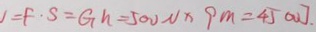
= F \cdot S = G h = 5 0 0 N \times 9 m = 4 5 0 0 J .